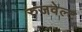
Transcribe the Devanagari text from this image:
रुजवेल्ट